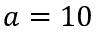
a = 1 0